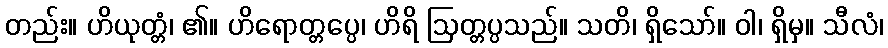
တည်း။ ဟိယုတ္တံ၊ ၏။ ဟိရောတ္တပ္ပေ၊ ဟိရိ ဩတ္တပ္ပသည်။ သတိ၊ ရှိသော်။ ဝါ၊ ရှိမှ။ သီလံ၊